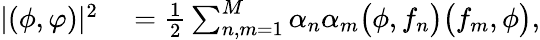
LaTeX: \begin{array}{rl}{|(\phi,\varphi)|^{2}}&{{}=\frac{1}{2}\sum_{n,m=1}^{M}\alpha_{n}\alpha_{m}\bigl(\phi,f_{n}\bigr)\bigl(f_{m},\phi\bigr),}\end{array}